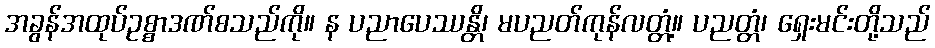
အခွန်အထုပ်ဥစ္စာဒဏ်စသည်ကို။ န ပညာပေဿန္တိ၊ မပညတ်ကုန်လတ္တံ့။ ပညတ္တံ၊ ရှေးမင်းတို့သည်